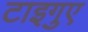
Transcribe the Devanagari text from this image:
टाइगुए